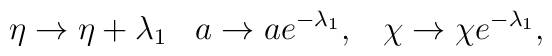
\eta\rightarrow\eta +\lambda_1 \;\;\; a\rightarrow ae^{-\lambda_1}, \;\;\;\chi\rightarrow\chi e^{-\lambda_1},